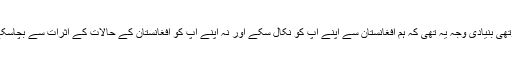
چوتھی بنیادی وجہ یہ تھی کہ ہم افغانستان سے اپنے آپ کو نکال سکے اور نہ اپنے آپ کو افغانستان کے حالات کے اثرات سے بچاسکے۔